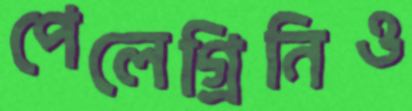
পেলেগ্রিনিও